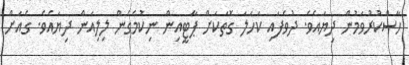
ހާސްކުރުވަމުން ދިޔައެވެ. ދުވެފައި ކަހަލަ ގޮތަކަށް ޕާޓީއިން ނިކުމެގެން ލިލިއަން ދިޔައެވެ. ގެއަށް